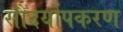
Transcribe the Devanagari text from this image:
सौंदर्योपकरण